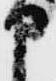
申